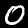
Digit: 0